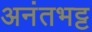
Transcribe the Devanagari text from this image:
अनंतभट्ट